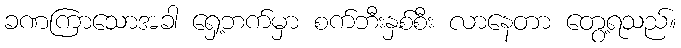
ခဏကြာသောအခါ ရှေ့ဘက်မှာ စက်ဘီးနှစ်စီး လာနေတာ တွေ့ရသည်။